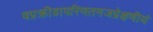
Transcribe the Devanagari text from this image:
वप्रक्रीडापरिणतगजप्रेक्षणीयं